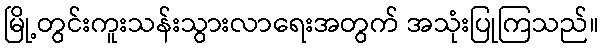
မြို့တွင်းကူးသန်းသွားလာရေးအတွက် အသုံးပြုကြသည်။